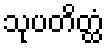
သုပတိတ္ထံ